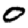
Digit: 0